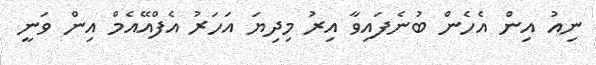
ނިއު އިން އެހެން ބުނެފައިވާ އިރު މިދިޔަ އަހަރު އެފްއޭއެމް އިން ވަނީ